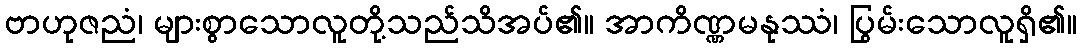
ဗာဟုဇညံ၊ များစွာသောလူတို့သည်သိအပ်၏။ အာကိဏ္ဏမနုဿံ၊ ပြွမ်းသောလူရှိ၏။